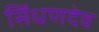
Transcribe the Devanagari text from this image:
सिंधणदेव